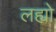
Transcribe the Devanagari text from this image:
लह्यो